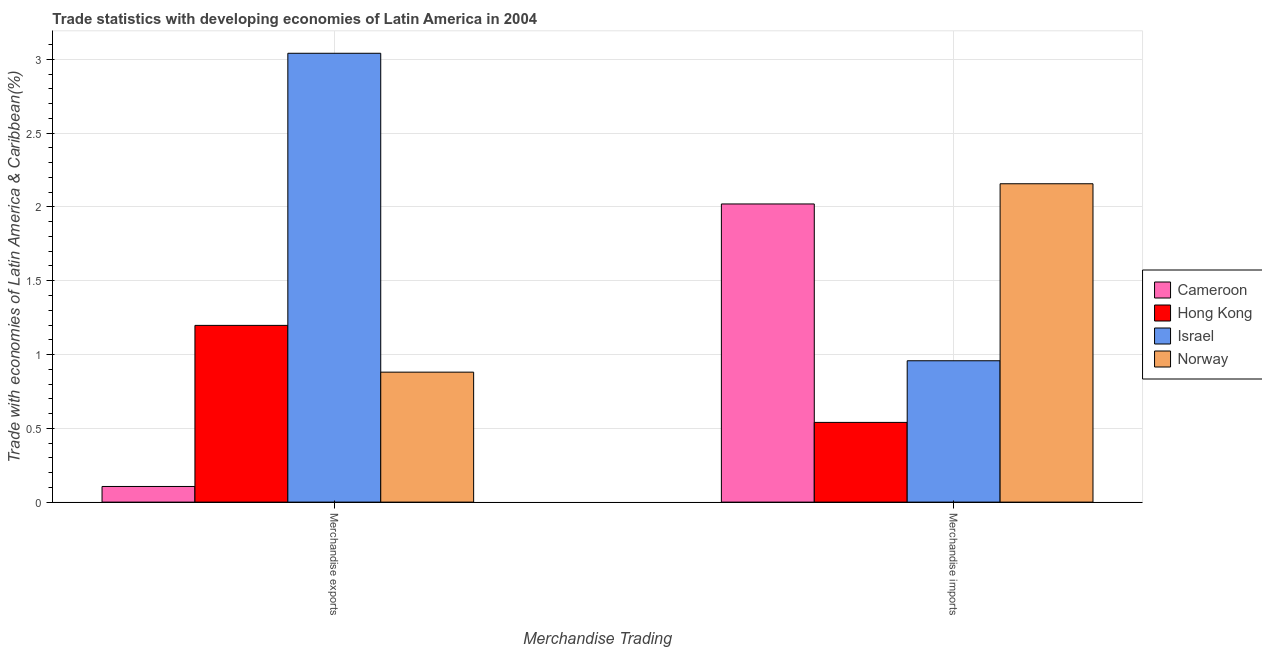
| Merchandise Trading | Cameroon | Hong Kong | Israel | Norway |
 | --- | --- | --- | --- | --- |
 | Merchandise exports | 0.106 | 1.2 | 3.04 | 0.881 |
 | Merchandise imports | 2.02 | 0.54 | 0.958 | 2.16 |